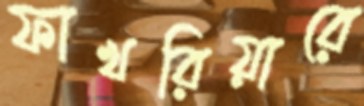
ফাখরিয়ারে